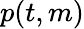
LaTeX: p(t,m)